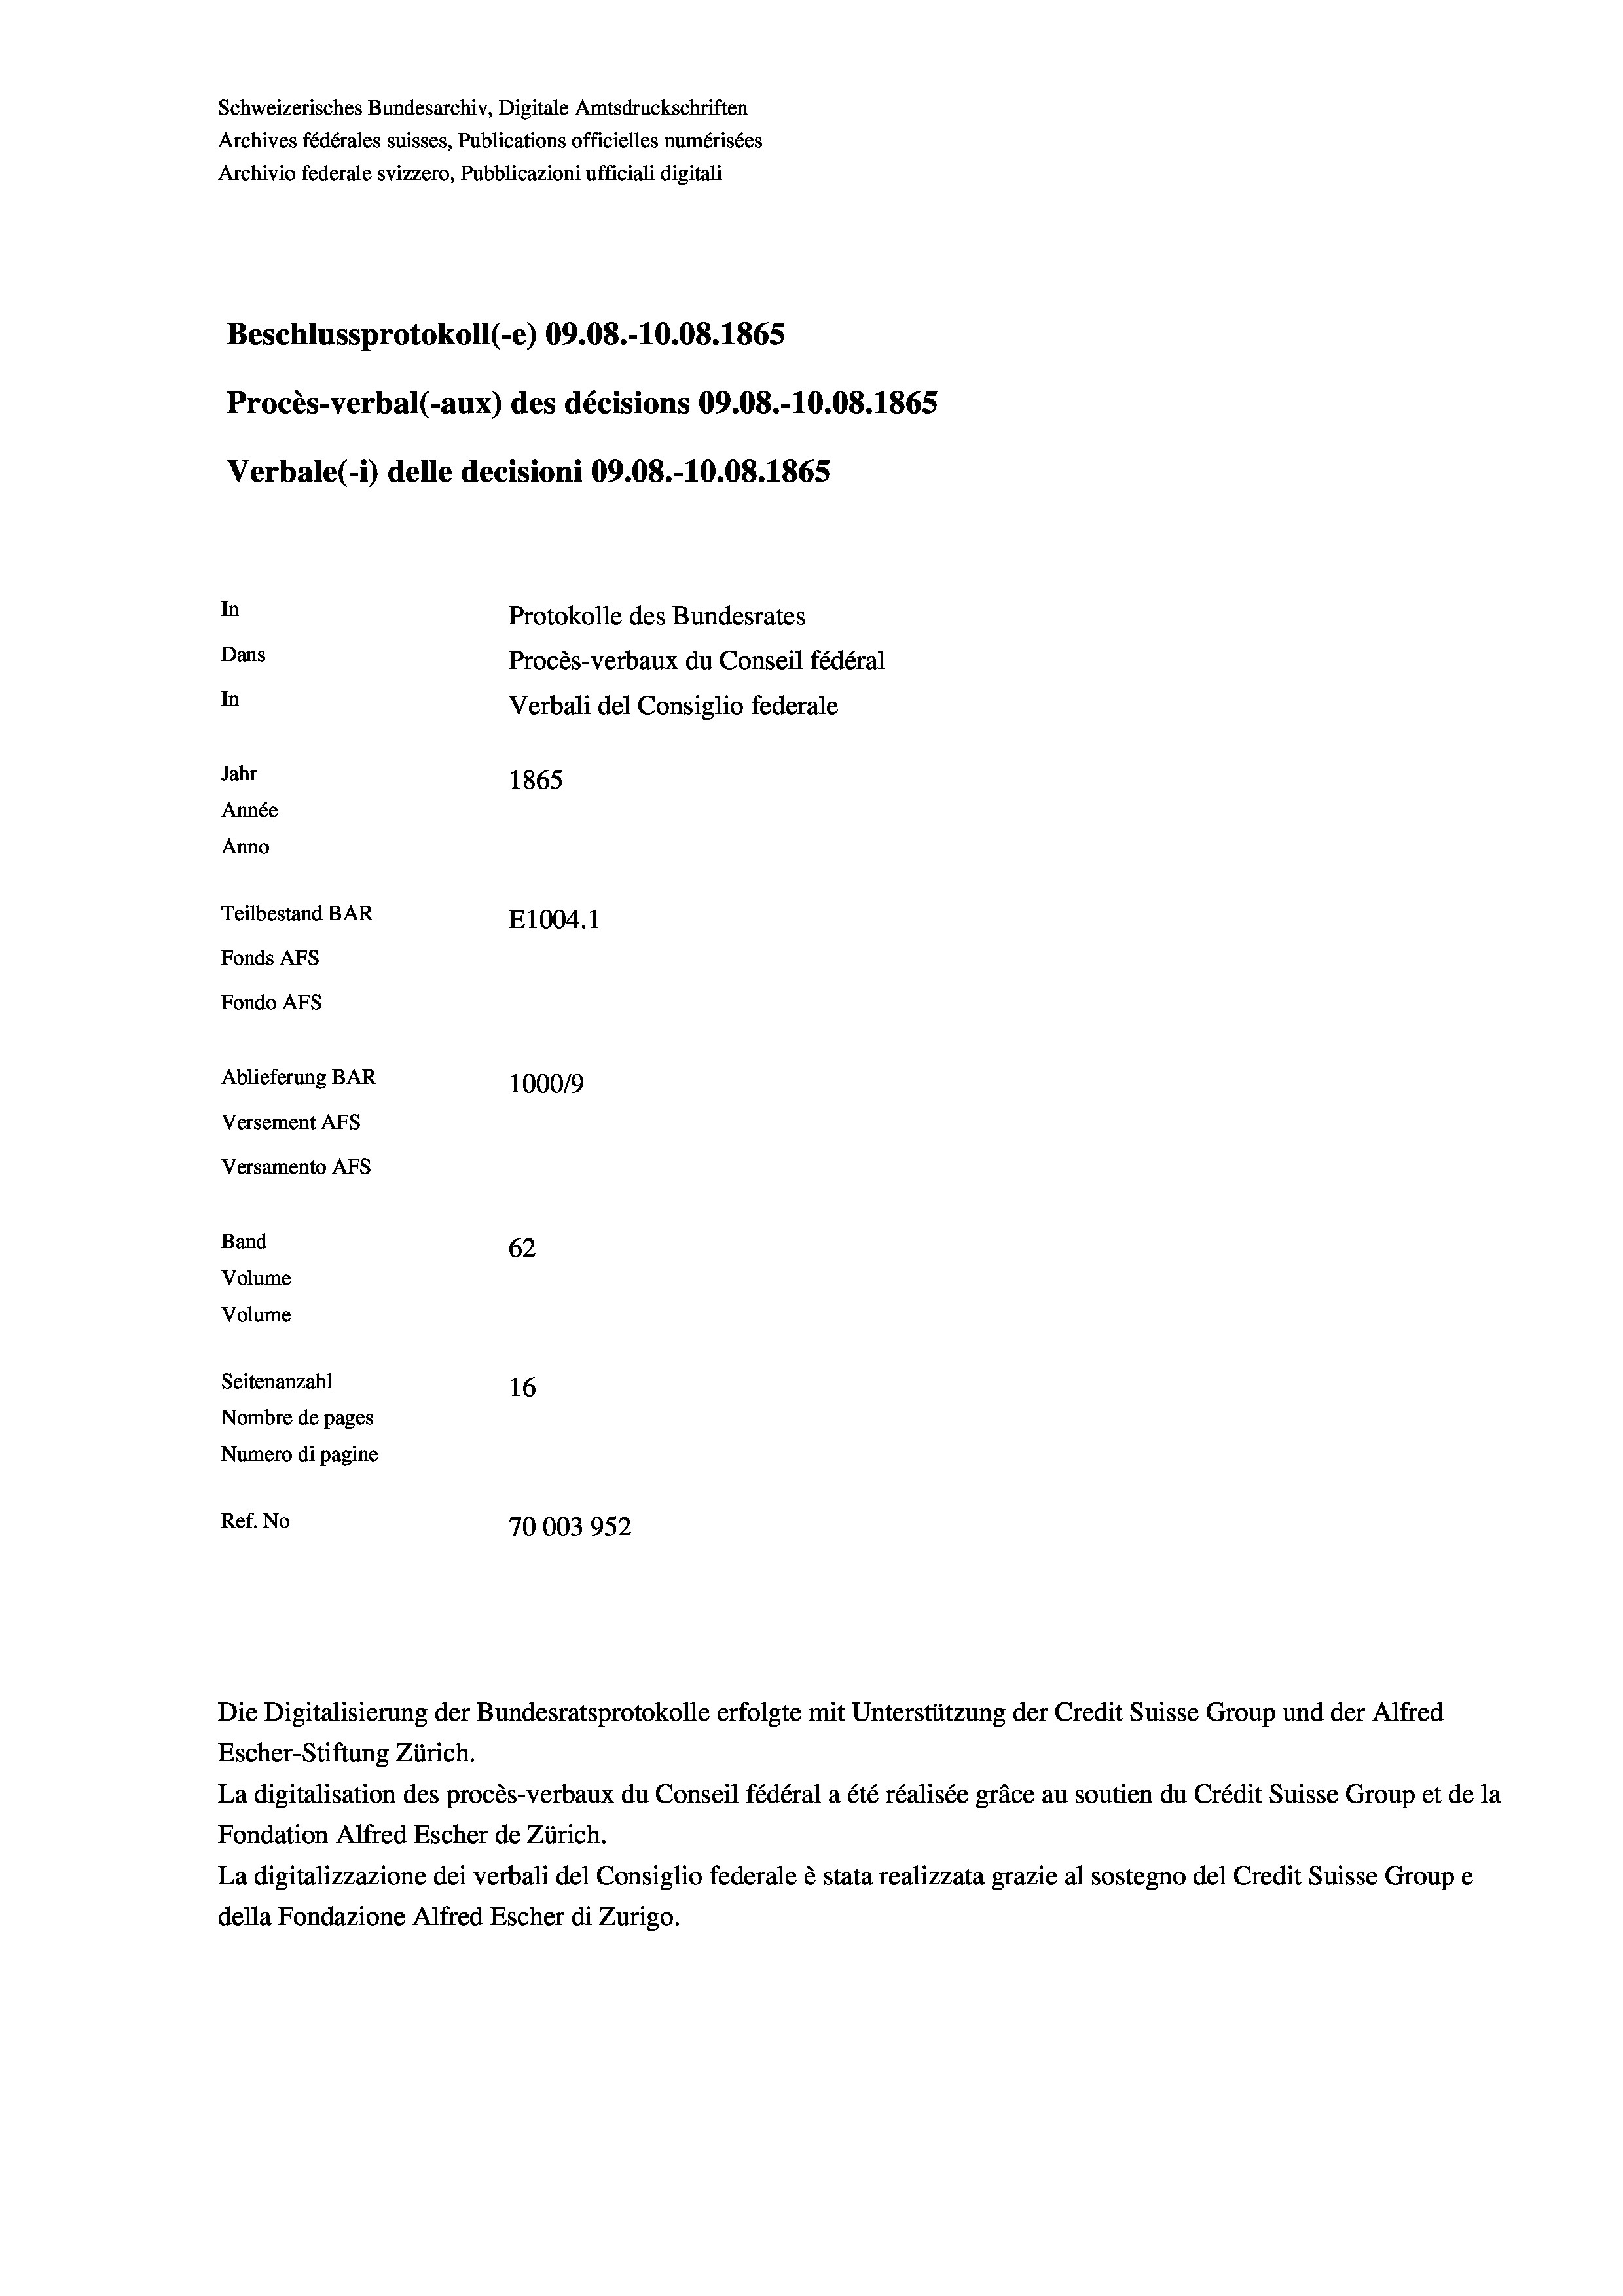
Schweizerisches Bundesarchiv, Digitale Amtsdruckschriften
Archives fédérales suisses, Publications officielles numérisées
Archivio federale svizzero, Pubblicazioni ufficiali digitali
Beschlussprotokoll (-e) 09.08.-10.08. 1865
Procès-verbal (-aux) des décisions 09.08.-10.08. 1865
Verbale (- 1) delle decisioni 09.08.-10.08. 1865
In
Protokolle des Bundesrates
Dans
Procès-verbaux du Conseil fédéral
In
Verbali del Consiglio federale
Jahr
1865
Année
Anno
Teilbestand BAR
E1004.1
Fonds AFs
Fondo AFS
Ablieferung BAR
100019
Versement AFs
Versamento AFs
Band
62
Volume
Volume
Seitenanzahl
16
Nombre de pages
Numero di pagine
Ref. No
70003952

Escher-Stiftung Zürich.
La digitalisation des procès-verbaux du Conseil fédéral a été réalisée gräce au soutien du Crédit Suisse Group et de la
Fondation Alfred Escher de Zürich.
La digitalizzazione dei verbali del Consiglio federale è stata realizzata grazie al sostegno del Credit Suisse Groupe
della Fondazione Alfred Escher di Zurigo.

Die Digitalisierung der Bundesratsprotokolle erfolgte mit Unterstützung der Credit Suisse Group und der Alfred